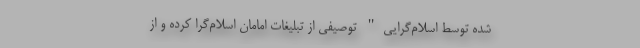
شده توسط اسلام‌گرایی" توصیفی از تبلیغات امامان اسلام‌گرا کرده و از